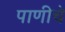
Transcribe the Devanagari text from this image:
पाणीचे